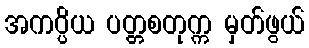
အကပ္ပိယ ပတ္တစတုက္က မှတ်ဖွယ်